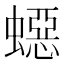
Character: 𧑕